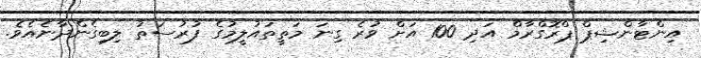
އިންޓާންޝިޕް ޕްރޮގްރާމް އަދި 100 އަށް ވުރެ ގިނަ މަތީތައުލީމުގެ ފުރުސަތު ލިބިގެންދާނެއެވެ.